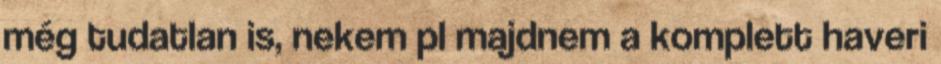
még tudatlan is, nekem pl majdnem a komplett haveri